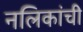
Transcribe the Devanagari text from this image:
नलिकांची